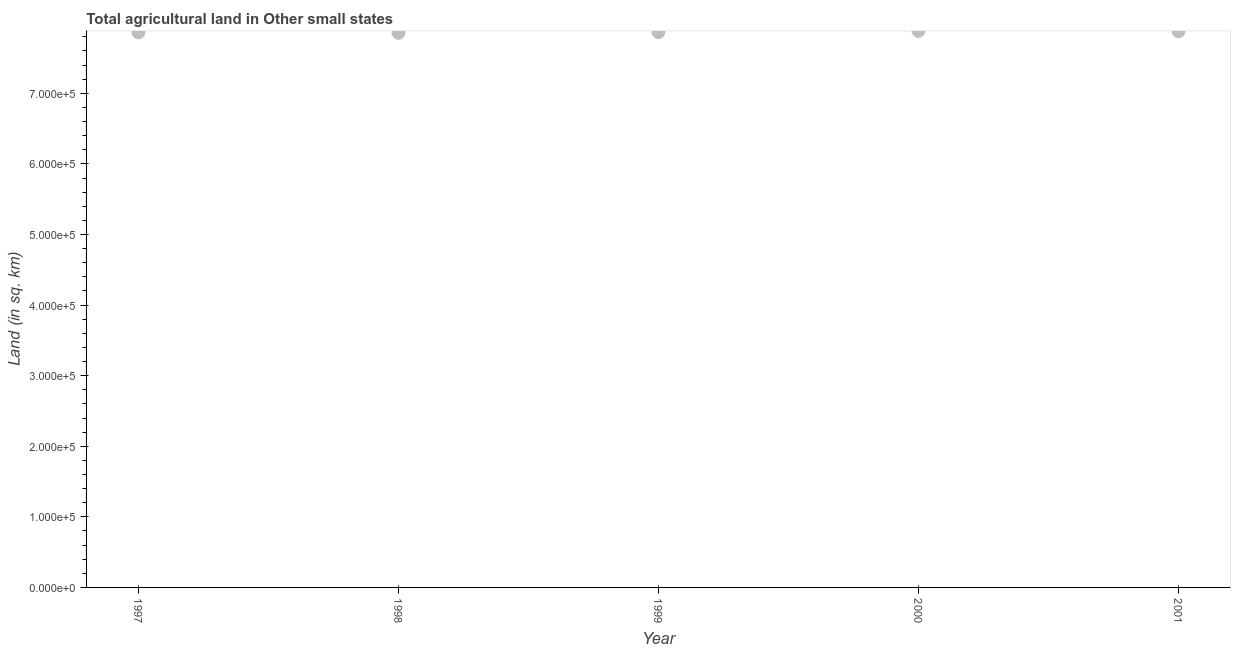
| Year | Agricultural land (sq. km) |
 | --- | --- |
 | 1997 | 7.86e+05 |
 | 1998 | 7.86e+05 |
 | 1999 | 7.87e+05 |
 | 2000 | 7.88e+05 |
 | 2001 | 7.88e+05 |